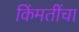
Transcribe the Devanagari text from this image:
किंमतींचा